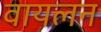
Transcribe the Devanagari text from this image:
वायलन